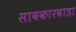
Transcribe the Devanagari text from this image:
सावकारवाडा